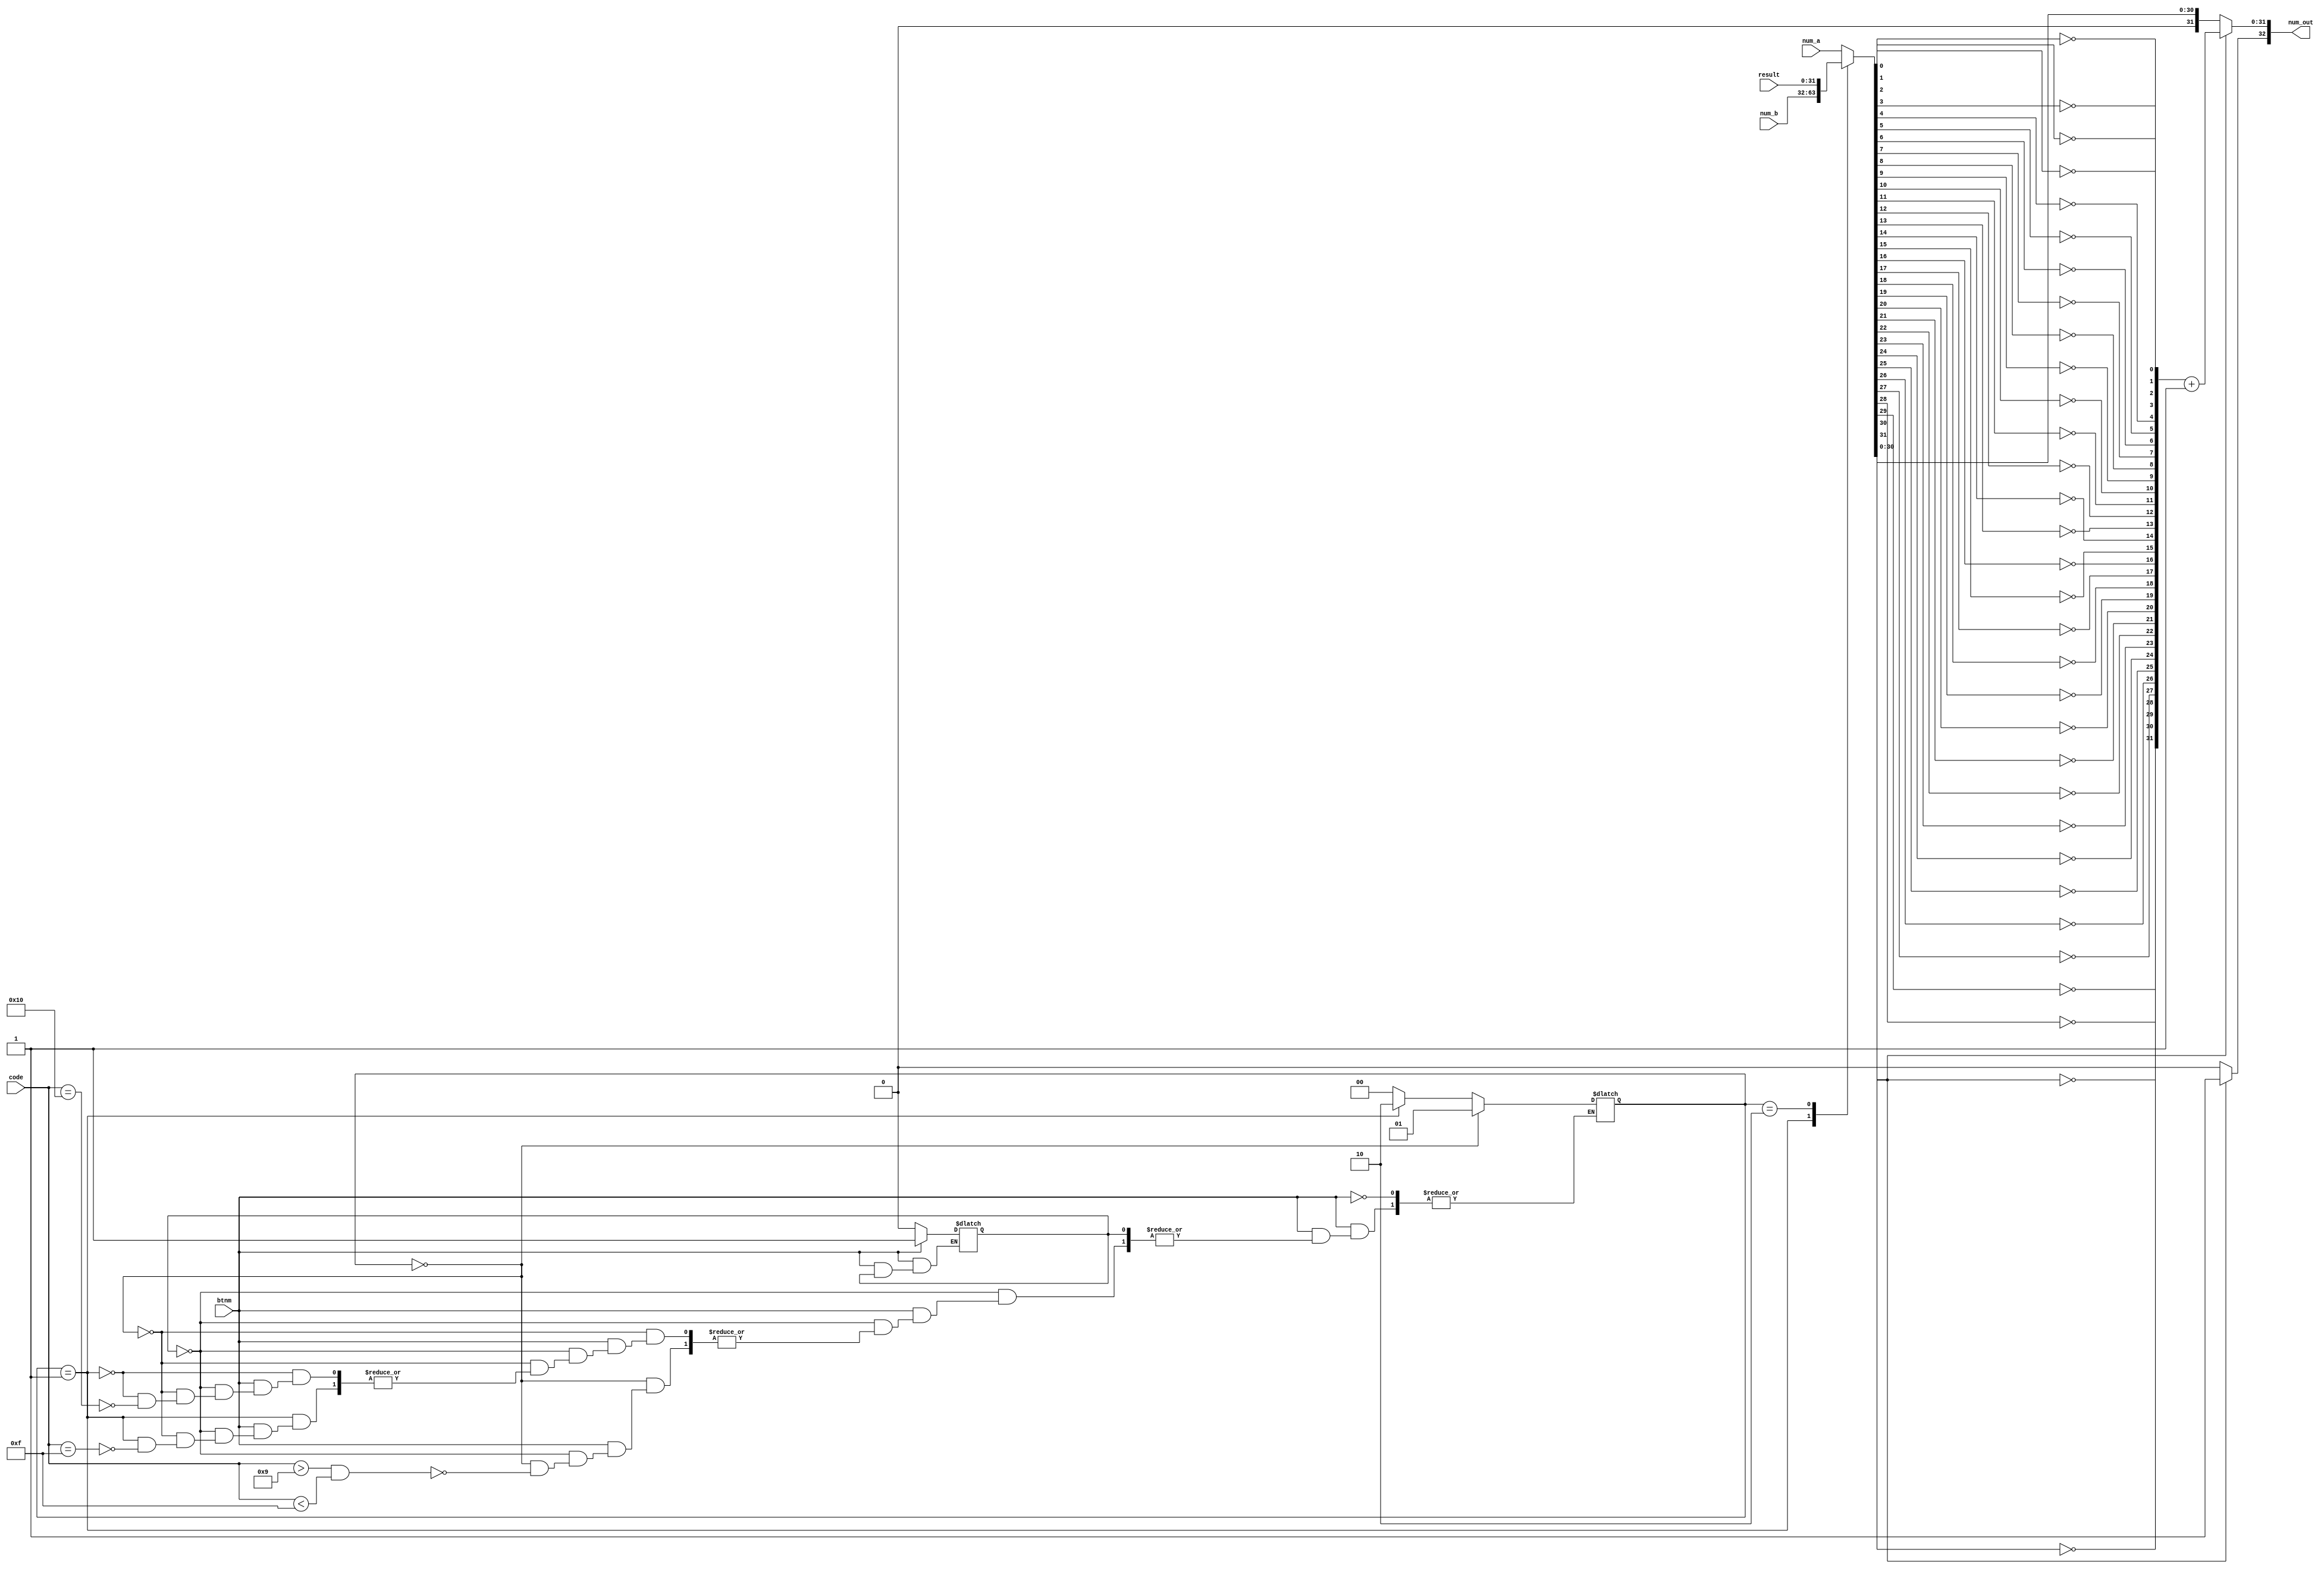
module number_in(
    input [31:0] num_a,
    input [31:0] num_b,
    input [31:0] result,
	 input [4:0] code,
	 input btnm,
    output reg [32:0] num_out
    );
	 
reg [31:0] new;
reg [6:0] i;
reg [1:0] state;
reg b_state;

parameter [1:0] numA = 2'b00;
parameter [1:0] numB = 2'b01;
parameter [1:0] numC = 2'b10;


initial state = 2'b00;
initial b_state = 0;

always @(*)
begin
	if(btnm)
	begin
		if(~b_state)
		begin
			b_state = 1;
			if(state == numA)		//Estado A
			begin
				if(code > 9 && code < 15)	//Cambia estado
				begin
					state = numB;
				end
			end
			else if(state == numB)		//Estado B
			begin
				if(code == 15)	//Cambia estado
				begin
					state = numC;
				end
			end
			else
			begin
				if(code == 16)	//Cambia estado
				begin
					state = numA;
				end
			end
		end
	end
	else
	begin
		b_state = 0;
	end
end

always @(state)
begin
	case (state)
	numA: new = num_a;
	numB: new = num_b;
	numC: new = result;
	default: new = num_a;
	endcase
	if(new[31])
	begin
		for(i = 0; i < 32; i = i + 1)
			num_out[i] = ~new[i];
		num_out = num_out + 1'b1;
		num_out[32] = 1'b1;
	end
	else
	begin
		num_out = new;
	end
end

endmodule